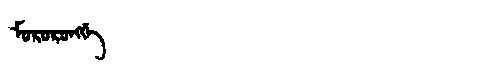
Manchu: ᠮᠣᡵᠣᡵᠣᠩᡤᡝ
Romanization: MORORONGGE